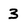
Character: 3